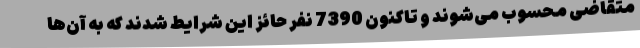
متقاضی محسوب می‌شوند و تاکنون 7390 نفر حائز این شرایط شدند که به آن‌ها